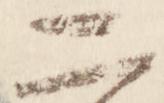
二